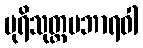
ပုရိသုတ္တမဘာရဝါ